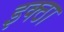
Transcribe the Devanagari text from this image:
इक्ठा